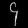
Digit: ၄